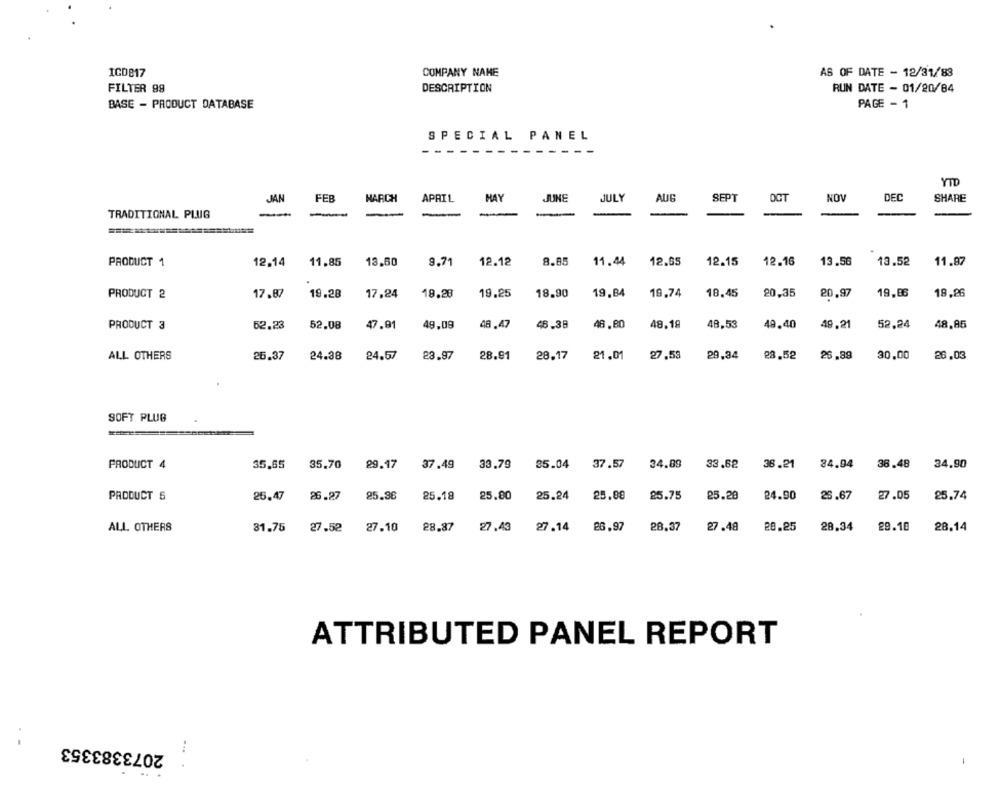
ICDB17
COMPANY NAME
AS OF DATE - 12/31/83
DESCRIPTION
RUN DATE - 01/20/84
FILTER 99
PAGE - 1
BASE - PRODUCT DATABASE
SPECIAL PANEL
YTD
FEB
MARCH
APRIL
HAY
JUNE
JULY
AUG
SEPT
OCT
NOV
DEC
SHARE
JAN
TRADITIONAL PLUG
-
12.12
8.8
11.44
12.55
12.15
12.16
13.56
13.52
11.87
PRODUCT 1
12,14
11,85
13,60
9.71
17.87
19.28
17,24
18.28
19.25
18.90
19.84
19.74
18.45
20.35
20.97
19.86
18.96
PRODUCT 2
62.23
47.91
48.47
48.38
46.80
48.19
48.53
49.40
49,21
52,24
48,85
PRODUCT 3
52.08
49,09
ALL OTHERS
26.37
24.38
24.57
23.97
28.91
28.17
21.01
27.53
29.34
28.52
26,89
30,00
26.03
SOFT PLUG
PRODUCT 4
35.65
35,70
29.17
37.49
33.79
35.04
37.57
34.89
33.62
36.21
34.94
36.48
34.90
PRODUCT 5
26.47
26.27
25.36
25.18
25.80
25.24
25.08
25.75
25.28
24.90
26.67
27.05
25.74
ALL OTHERS
31.75
27.52
27.10
28.87
27,43
27.14
26.97
28.37
27.48
20.25
28.34
29.10
28.14
ATTRIBUTED PANEL REPORT
2073383353